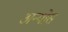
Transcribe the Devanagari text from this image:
अन्योस